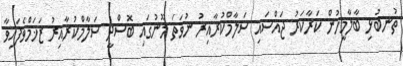
ތުނބުޅި ބާލާމީހުން ކަރާކަރު ޖައްސައި ސަލާމްކުރާއިރު ނުވަތަ މޫނުގައި ބޮސްދީ ސަލާމްކުރާއިރު ޒަޚަމްވެފައިވާ